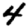
Digit: 4